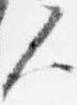
人